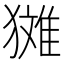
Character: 𪻉